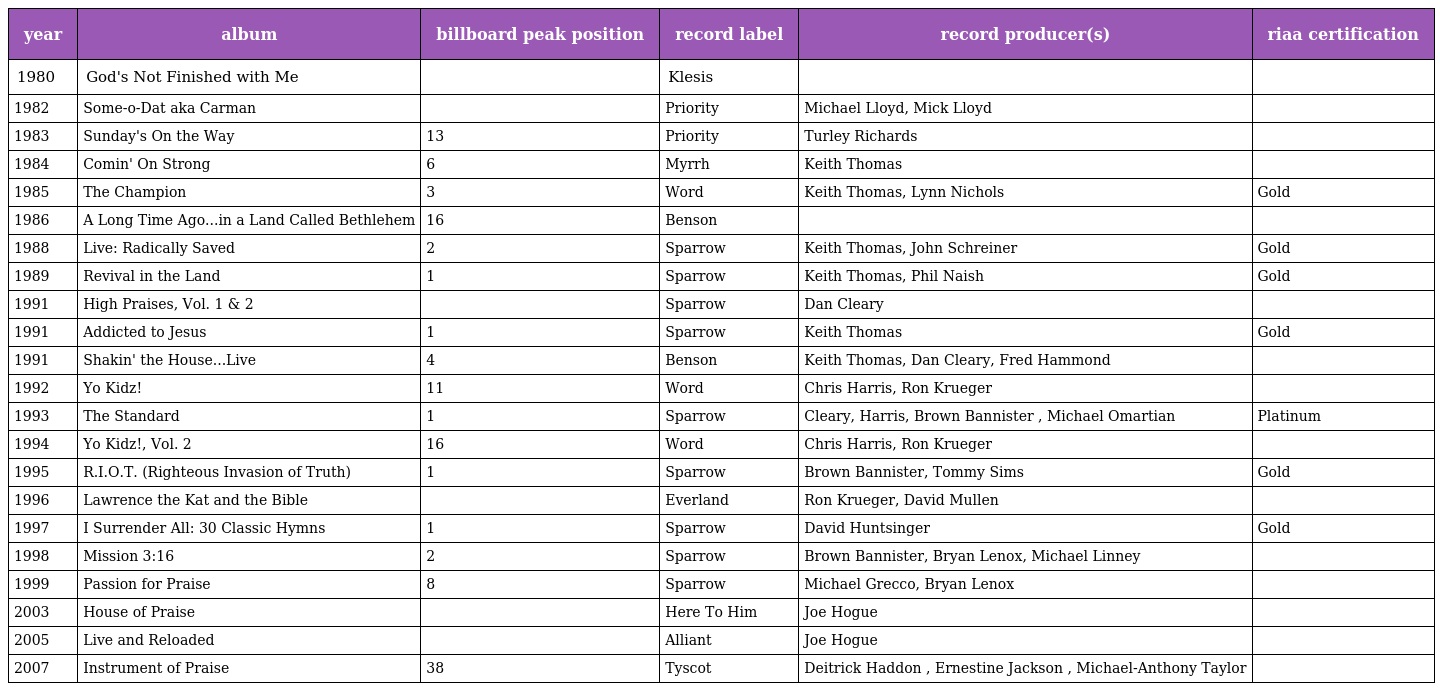
| year | album | billboard peak position | record label | record producer(s) | riaa certification |
 | --- | --- | --- | --- | --- | --- |
 | 1980 | God's Not Finished with Me |  | Klesis |  |  |
 | 1982 | Some-o-Dat aka Carman |  | Priority | Michael Lloyd, Mick Lloyd |  |
 | 1983 | Sunday's On the Way | 13 | Priority | Turley Richards |  |
 | 1984 | Comin' On Strong | 6 | Myrrh | Keith Thomas |  |
 | 1985 | The Champion | 3 | Word | Keith Thomas, Lynn Nichols | Gold |
 | 1986 | A Long Time Ago...in a Land Called Bethlehem | 16 | Benson |  |  |
 | 1988 | Live: Radically Saved | 2 | Sparrow | Keith Thomas, John Schreiner | Gold |
 | 1989 | Revival in the Land | 1 | Sparrow | Keith Thomas, Phil Naish | Gold |
 | 1991 | High Praises, Vol. 1 & 2 |  | Sparrow | Dan Cleary |  |
 | 1991 | Addicted to Jesus | 1 | Sparrow | Keith Thomas | Gold |
 | 1991 | Shakin' the House...Live | 4 | Benson | Keith Thomas, Dan Cleary, Fred Hammond |  |
 | 1992 | Yo Kidz! | 11 | Word | Chris Harris, Ron Krueger |  |
 | 1993 | The Standard | 1 | Sparrow | Cleary, Harris, Brown Bannister , Michael Omartian | Platinum |
 | 1994 | Yo Kidz!, Vol. 2 | 16 | Word | Chris Harris, Ron Krueger |  |
 | 1995 | R.I.O.T. (Righteous Invasion of Truth) | 1 | Sparrow | Brown Bannister, Tommy Sims | Gold |
 | 1996 | Lawrence the Kat and the Bible |  | Everland | Ron Krueger, David Mullen |  |
 | 1997 | I Surrender All: 30 Classic Hymns | 1 | Sparrow | David Huntsinger | Gold |
 | 1998 | Mission 3:16 | 2 | Sparrow | Brown Bannister, Bryan Lenox, Michael Linney |  |
 | 1999 | Passion for Praise | 8 | Sparrow | Michael Grecco, Bryan Lenox |  |
 | 2003 | House of Praise |  | Here To Him | Joe Hogue |  |
 | 2005 | Live and Reloaded |  | Alliant | Joe Hogue |  |
 | 2007 | Instrument of Praise | 38 | Tyscot | Deitrick Haddon , Ernestine Jackson , Michael-Anthony Taylor |  |